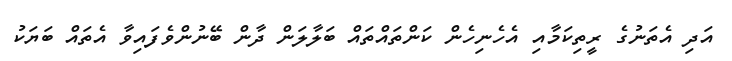
އަދި އެތަނުގެ ރީތިކަމާއި އެހެނިހެން ކަންތައްތައް ބަލާލަން ދާން ބޭނުންވެފައިވާ އެތައް ބަޔަކު